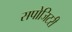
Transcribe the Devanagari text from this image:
सपोजिटरी